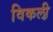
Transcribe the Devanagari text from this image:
विकली़